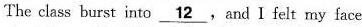
The ciass burst into \underline{12},and I ie!tmy face